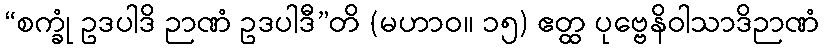
“စက္ခုံ ဥဒပါဒိ ဉာဏံ ဥဒပါဒီ”တိ (မဟာဝ။ ၁၅) ဧတ္ထ ပုဗ္ဗေနိဝါသာဒိဉာဏံ